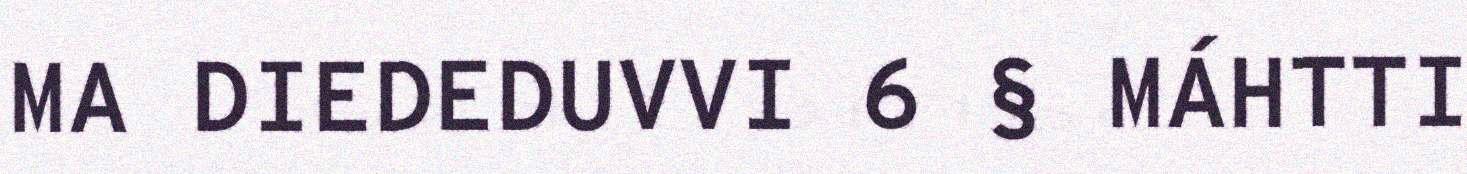
MA DIEDEDUVVI 6 § MÁHTTI